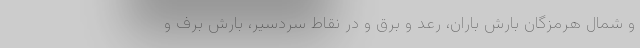
و شمال هرمزگان بارش باران، رعد و برق و در نقاط سردسیر، بارش برف و